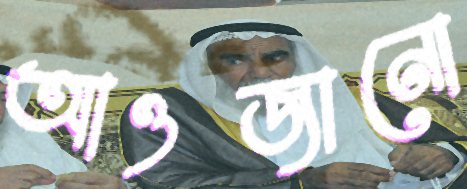
আওজানো